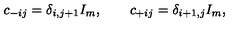
c _ { - i j } = \delta _ { i , j + 1 } I _ { m } , \qquad c _ { + i j } = \delta _ { i + 1 , j } I _ { m } ,